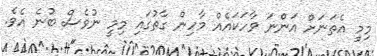
މިމީ އެތަނަށް އަންނަ ވާހަކައެއް މާހިން ގާތުގައި މިމީ ނުވެސް ބުނެ އެވެ.